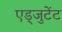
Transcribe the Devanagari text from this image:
एड्जुटेंट